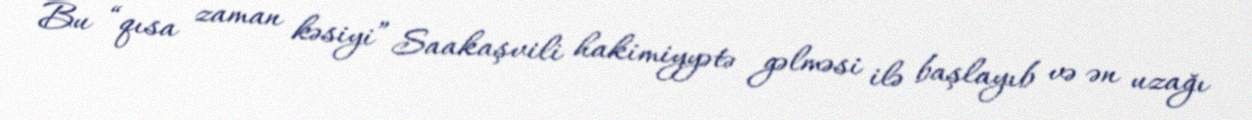
Bu “qısa zaman kəsiyi” Saakaşvili hakimiyyətə gəlməsi ilə başlayıb və ən uzağı